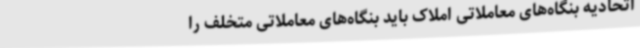
اتحادیه بنگاه‌های معاملاتی املاک باید بنگاه‌های معاملاتی متخلف را